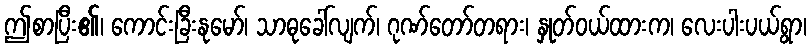
ဤစာပြီး၏၊ ကောင်းခြီးနုမော်၊ သာဓုခေါ်လျက်၊ ဂုဏ်တော်တရား၊ နှုတ်ဝယ်ထားက၊ လေးပါးပယ်ရွာ၊